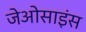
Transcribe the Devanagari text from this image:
जेओसाइंस